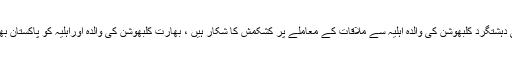
تفصیلات کے مطابق بھارتی دہشتگرد کلبھوشن کی والدہ اہلیہ سے ملاقات کے معاملے پر کشکمش کا شکار ہیں ، بھارت کلبھوشن کی والدہ اوراہلیہ کو پاکستان بھیجنے کا فیصلہ آج کرے گا۔